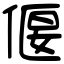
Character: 偃